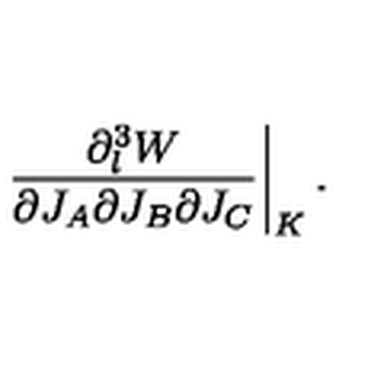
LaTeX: \left. { \frac { \partial _ { l } ^ { 3 } W } { \partial J _ { A } \partial J _ { B } \partial J _ { C } } } \right| _ { K } .